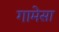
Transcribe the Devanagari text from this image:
गामेसा